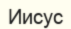
Иисус